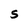
Character: S